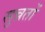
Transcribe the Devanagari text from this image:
सुन्नतों